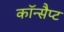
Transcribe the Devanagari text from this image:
कॉन्सैप्ट